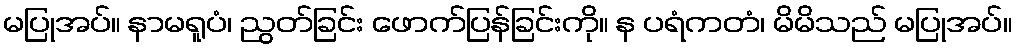
မပြုအပ်။ နာမရူပံ၊ ညွတ်ခြင်း ဖောက်ပြန်ခြင်းကို။ န ပရံကတံ၊ မိမိသည် မပြုအပ်။